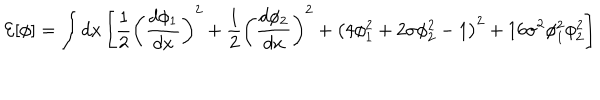
{ \cal E } [ \phi ] = \int d x \left[ \frac { 1 } { 2 } \left( \frac { d \phi _ { 1 } } { d x } \right) ^ { 2 } + \frac { 1 } { 2 } \left( \frac { d \phi _ { 2 } } { d x } \right) ^ { 2 } + \left( 4 \phi _ { 1 } ^ { 2 } + 2 \sigma \phi _ { 2 } ^ { 2 } - 1 \right) ^ { 2 } + 1 6 \sigma ^ { 2 } \phi _ { 1 } ^ { 2 } \phi _ { 2 } ^ { 2 } \right]